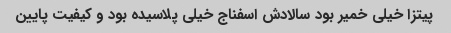
پیتزا خیلی خمیر بود سالادش اسفناج خیلی پلاسیده بود و کیفیت پایین